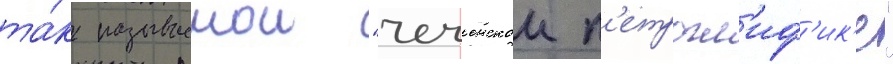
та́к называемои "чеченскои п'етрогл'иф'ик'е"